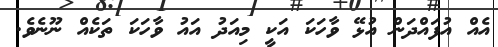
އެއް އުފައްދަން އުޅޭ ވާހަކަ އަކީ މިއަދު އައު ވާހަކަ ތަކެއް ނޫނެވެ.